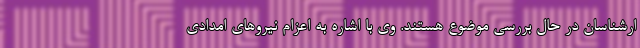
ارشناسان در حال بررسی موضوع هستند. وی با اشاره به اعزام نیروهای امدادی